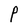
Character: P